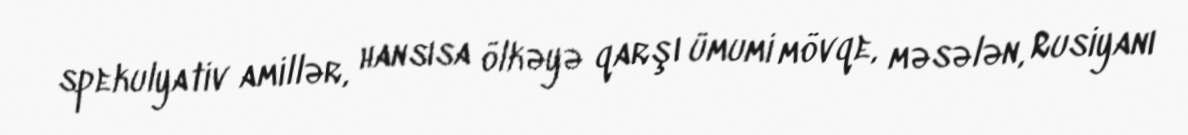
spekulyativ amillər, hansısa ölkəyə qarşı ümumi mövqe, məsələn, Rusiyanı